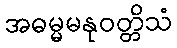
အဓမ္မမနုဝတ္တိသံ